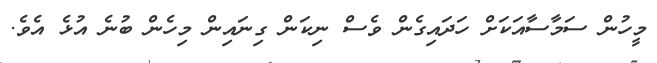
މީހުން ސަމާސާއަކަށް ހަދައިގެން ވެސް ނިކަން ގިނައިން މިހެން ބުނެ އުޅެ އެވެ.